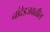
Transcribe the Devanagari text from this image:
नांदेडजवळील